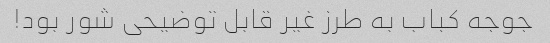
جوجه کباب به طرز غیر قابل توضیحی شور بود!